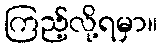
ကြည့်လို့ရမှာ။